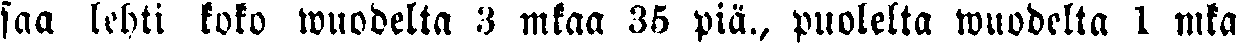
saa lehti koko wuodelta 3 mkaa 35 piä., puolelta wuodelta 1 mka